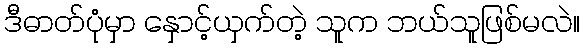
ဒီဓာတ်ပုံမှာ နှောင့်ယှက်တဲ့ သူက ဘယ်သူဖြစ်မလဲ။